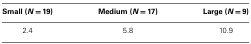
| Small (N = 19) | Medium (N = 17) | Large (N = 9) |
 | --- | --- | --- |
 | 2.4 | 5.8 | 10.9 |